Report on the Nagpur School of Medicine, Central Provinces
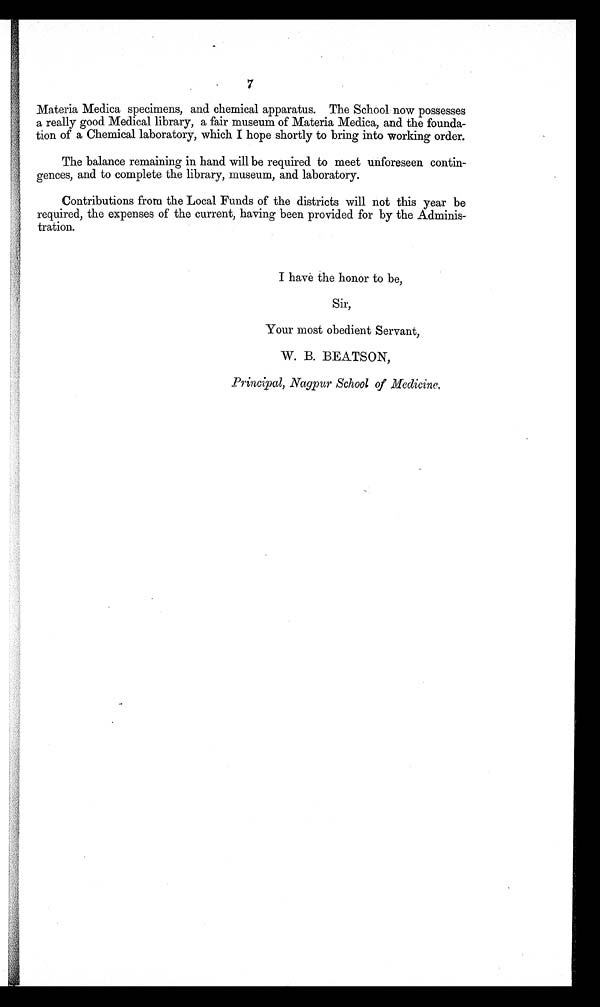
7
Materia Medica specimens, and chemical apparatus. The School now possesses
a really good Medical library, a fair museum of Materia Medica, and the founda
-tion of a Chemical laboratory, which I hope shortly to bring into working order.
The balance remaining in hand will be required to meet unforeseen contin
-gences, and to complete the library, museum, and laboratory.
Contributions from the Local Funds of the districts will not this year be
required, the expenses of the current, having been provided for by the Adminis
-tration.
I have the honor to be,
Sir,
Your most obedient Servant,
W. B. BEATSON,
Principal, Nagpur School of Medicine.
Er